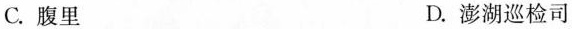
C.腹里 D.澎湖巡检司